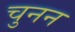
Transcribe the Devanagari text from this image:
चुनन